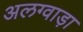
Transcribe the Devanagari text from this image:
अलग्वाड़ा